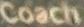
Coach